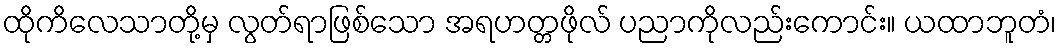
ထိုကိလေသာတို့မှ လွတ်ရာဖြစ်သော အရဟတ္တဖိုလ် ပညာကိုလည်းကောင်း။ ယထာဘူတံ၊